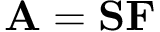
\mathbf A = \mathbf S \mathbf F